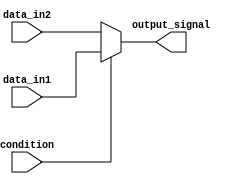
module conditional_assignment (
    input wire condition,        // Single-bit condition signal
    input wire [7:0] data_in1,  // First data input (8-bit)
    input wire [7:0] data_in2,  // Second data input (8-bit)
    output reg [7:0] output_signal // Output signal (8-bit)
);

// Continuous assignment using the ternary operator
always @(*) begin
    output_signal = (condition) ? data_in1 : data_in2;
end

endmodule